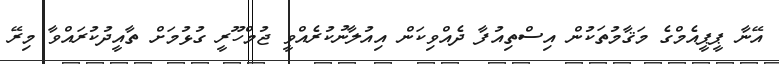
އޭނާ ޕީޕީއެމްގެ މަޤާމުތަކުން އިސްތިއުފާ ދެއްވިކަން އިއުލާނުކުރެއްވީ ޖުމްހޫރީ ގުޅުމަށް ތާއީދުކުރައްވާ މިރޭ